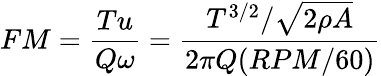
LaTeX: FM=\frac{Tu}{Q\omega}=\frac{T^{3/2}/\sqrt{2\rho A}}{2\pi Q(RPM/60)}